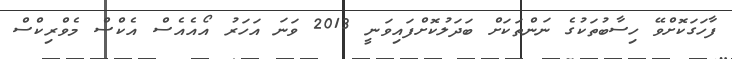
ފާހަގަކޮށްވޭ ހިސާބުތަކުގެ ނަންތަކަށް ބަދަލުކޮށްފައިވަނީ 2013 ވަނަ އަހަރު އޯއެއެސް އެކްސް މެވްރިކްސް